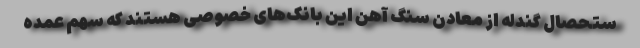
ستحصال گندله از معادن سنگ آهن این بانک‌های خصوصی هستند که سهم عمده